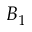
B _ { 1 }